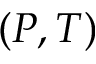
( P , T )